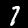
Label: 7